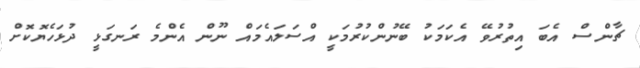
ޗާންސް އެބަ އިތުރުވޭ އެކަމަކު ބޭނުންކުރުމަކީ އްސަލައެމައް ނޫން އެންމެ ރަނގަޅީ ދުޅަހެޔޮކޮށް